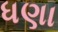
ધણા